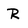
Character: R